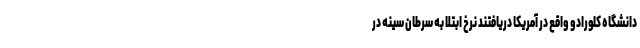
دانشگاه کلورادو واقع در آمریکا دریافتند نرخ ابتلا به سرطان سینه در